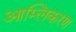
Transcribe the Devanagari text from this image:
आम्लिकरण